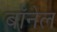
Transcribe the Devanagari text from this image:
बॉनेल